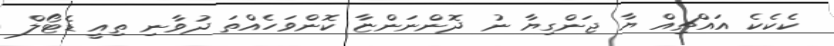
ކެކެކެ އައްޗިއް ޔާ ޖަންގިޔާ ނު ދޮންނަންޏާ ކޮންވަހެއްތަ ދުވާނި ތިއީ ޑެޓޯލް